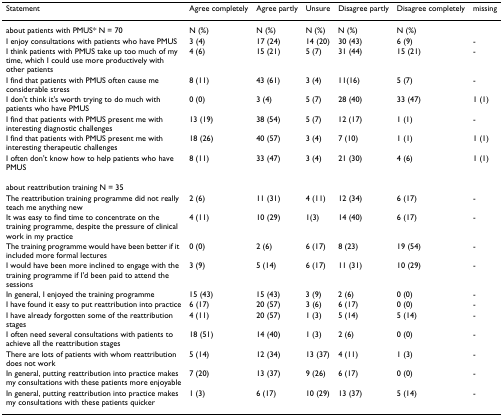
<table><thead><tr><td><b>Statement</b></td><td><b>Agree completely</b></td><td><b>Agree partly</b></td><td><b>Unsure</b></td><td><b>Disagree partly</b></td><td><b>Disagree completely</b></td><td><b>missing</b></td></tr></thead><tbody><tr><td>about patients with PMUS* N = 70</td><td>N (%)</td><td>N (%)</td><td>N (%)</td><td>N (%)</td><td>N (%)</td><td></td></tr><tr><td>I enjoy consultations with patients who have PMUS</td><td>3 (4)</td><td>17 (24)</td><td>14 (20)</td><td>30 (43)</td><td>6 (9)</td><td>-</td></tr><tr><td>I think patients with PMUS take up too much of my time, which I could use more productively with other patients</td><td>4 (6)</td><td>15 (21)</td><td>5 (7)</td><td>31 (44)</td><td>15 (21)</td><td>-</td></tr><tr><td>I find that patients with PMUS often cause me considerable stress</td><td>8 (11)</td><td>43 (61)</td><td>3 (4)</td><td>11(16)</td><td>5 (7)</td><td>-</td></tr><tr><td>I don&#x27;t think it&#x27;s worth trying to do much with patients who have PMUS</td><td>0 (0)</td><td>3 (4)</td><td>5 (7)</td><td>28 (40)</td><td>33 (47)</td><td>1 (1)</td></tr><tr><td>I find that patients with PMUS present me with interesting diagnostic challenges</td><td>13 (19)</td><td>38 (54)</td><td>5 (7)</td><td>12 (17)</td><td>1 (1)</td><td>-</td></tr><tr><td>I find that patients with PMUS present me with interesting therapeutic challenges</td><td>18 (26)</td><td>40 (57)</td><td>3 (4)</td><td>7 (10)</td><td>1 (1)</td><td>1 (1)</td></tr><tr><td>I often don&#x27;t know how to help patients who have PMUS</td><td>8 (11)</td><td>33 (47)</td><td>3 (4)</td><td>21 (30)</td><td>4 (6)</td><td>1 (1)</td></tr><tr><td>about reattribution training N = 35</td><td></td><td></td><td></td><td></td><td></td><td></td></tr><tr><td>The reattribution training programme did not really teach me anything new</td><td>2 (6)</td><td>11 (31)</td><td>4 (11)</td><td>12 (34)</td><td>6 (17)</td><td>-</td></tr><tr><td>It was easy to find time to concentrate on the training programme, despite the pressure of clinical work in my practice</td><td>4 (11)</td><td>10 (29)</td><td>1(3)</td><td>14 (40)</td><td>6 (17)</td><td>-</td></tr><tr><td>The training programme would have been better if it included more formal lectures</td><td>0 (0)</td><td>2 (6)</td><td>6 (17)</td><td>8 (23)</td><td>19 (54)</td><td>-</td></tr><tr><td>I would have been more inclined to engage with the training programme if I&#x27;d been paid to attend the sessions</td><td>3 (9)</td><td>5 (14)</td><td>6 (17)</td><td>11 (31)</td><td>10 (29)</td><td>-</td></tr><tr><td>In general, I enjoyed the training programme</td><td>15 (43)</td><td>15 (43)</td><td>3 (9)</td><td>2 (6)</td><td>0 (0)</td><td>-</td></tr><tr><td>I have found it easy to put reattribution into practice</td><td>6 (17)</td><td>20 (57)</td><td>3 (6)</td><td>6 (17)</td><td>0 (0)</td><td>-</td></tr><tr><td>I have already forgotten some of the reattribution stages</td><td>4 (11)</td><td>20 (57)</td><td>1 (3)</td><td>5 (14)</td><td>5 (14)</td><td>-</td></tr><tr><td>I often need several consultations with patients to achieve all the reattribution stages</td><td>18 (51)</td><td>14 (40)</td><td>1 (3)</td><td>2 (6)</td><td>0 (0)</td><td>-</td></tr><tr><td>There are lots of patients with whom reattribution does not work</td><td>5 (14)</td><td>12 (34)</td><td>13 (37)</td><td>4 (11)</td><td>1 (3)</td><td>-</td></tr><tr><td>In general, putting reattribution into practice makes my consultations with these patients more enjoyable</td><td>7 (20)</td><td>13 (37)</td><td>9 (26)</td><td>6 (17)</td><td>0 (0)</td><td>-</td></tr><tr><td>In general, putting reattribution into practice makes my consultations with these patients quicker</td><td>1 (3)</td><td>6 (17)</td><td>10 (29)</td><td>13 (37)</td><td>5 (14)</td><td>-</td></tr></tbody></table>